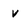
Character: v